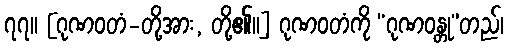
၇၇။ [ဂုဏဝတံ-တို့အား, တို့၏။] ဂုဏဝတံကို “ဂုဏဝန္တု”တည်၊